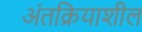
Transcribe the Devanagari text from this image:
अंतक्रियाशील